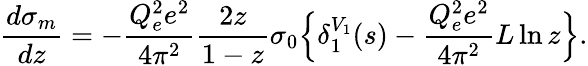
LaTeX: {\frac{d\sigma_{m}}{dz}}=-{\frac{Q_{e}^{2}e^{2}}{4\pi^{2}}}{\frac{2z}{1-z}}\sigma_{0}\Big\{ \delta_{1}^{V_{1}}(s)-{\frac{Q_{e}^{2}e^{2}}{4\pi^{2}}}L\ln z\Big\} .